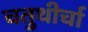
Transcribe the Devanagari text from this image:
चतुथीर्चा